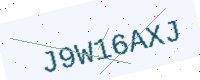
Text: J9W16AXJ